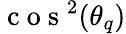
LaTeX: \mathrm{~c~o~s~}^{2}(\theta_{q})